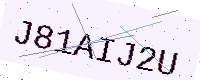
Text: J81AIJ2U